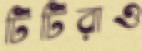
টিটিরাও